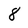
Character: 8